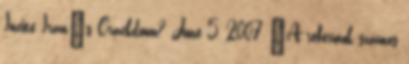
Incite Iran's Crackdown? June 5, 2007 “A reformok számos